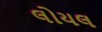
લોયલ